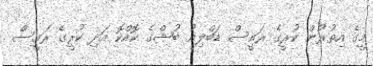
މީގެ އިތުރުން ކުރީގެ ރައީސް ޑަބްލިއު ބުޝްގެ ކޮއްކޮ އަދި ކުރީގެ ރައީސް